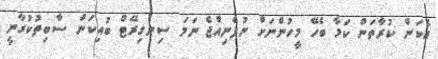
އެކަން ކުރާތަން ކަމާ ބެހޭ މީހުންނަށް ނުފެނިއްޖެ ނަމަ ސިނގިރޭޓް ބުއިކަން ސާބިތުކުރާނީ